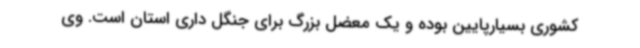
کشوری بسیارپایین بوده و یک معضل بزرگ برای جنگل داری استان است. وی